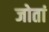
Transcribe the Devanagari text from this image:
जोतां